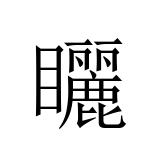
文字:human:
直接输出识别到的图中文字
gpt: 矖